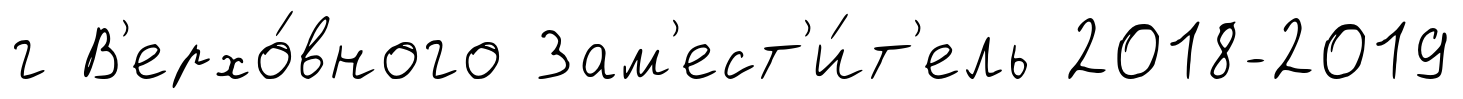
г В'ерхо́вного Зам'ест'и́т'ель 2018-2019